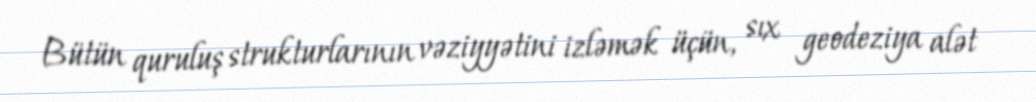
Bütün quruluş strukturlarının vəziyyətini izləmək üçün, sıx geodeziya alət